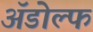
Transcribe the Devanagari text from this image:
अॅडोल्फ